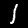
Label: 1